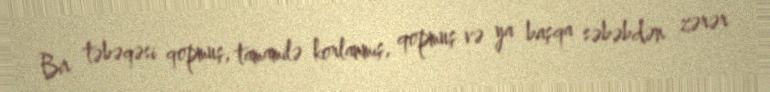
Bir təbəqəsi qopmuş, tamamilə korlanmış, qopmuş və ya başqa səbəbdən zərər